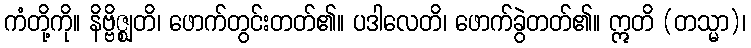
ကံတို့ကို။ နိဗ္ဗိဇ္ဈတိ၊ ဖောက်တွင်းတတ်၏။ ပဒါလေတိ၊ ဖောက်ခွဲတတ်၏။ ဣတိ (တသ္မာ)၊